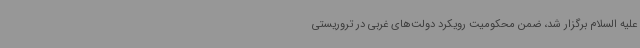
علیه السلام برگزار شد، ضمن محکومیت رویکرد دولت‌های غربی در تروریستی